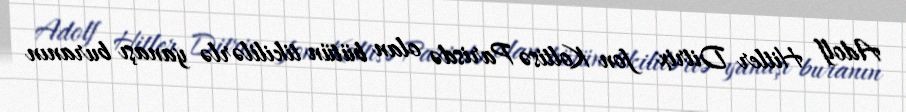
Adolf Hitler Ditrix fon Koltisə Parisdə olan bütün tikililərlə yanaşı buranın